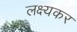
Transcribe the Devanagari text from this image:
लक्ष्यकर